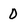
Character: 0